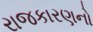
રાજકારણનો